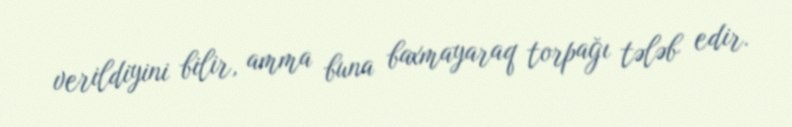
verildiyini bilir, amma buna baxmayaraq torpağı tələb edir.